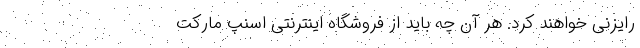
رایزنی خواهند کرد. هر آن‌ چه باید از فروشگاه اینترنتی اسنپ مارکت